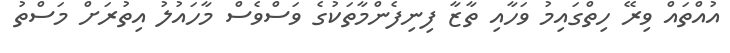
އުއްތައް ވިރޭ ހިތްގައިމު ވަހާއި ތާޒާ ފިނިފެންމާތަކުގެ ވަސްވެސް މާހައުލު އިތުރަށް މަސްތު